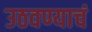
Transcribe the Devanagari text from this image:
उठवण्याचं